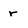
Character: r